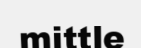
mittle